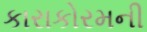
કારાકોરમની